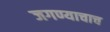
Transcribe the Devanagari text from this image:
जगण्याचाच